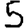
Digit: 5